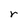
Character: r